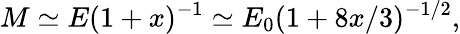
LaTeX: M\simeq E(1+x)^{-1}\simeq E_{0}(1+8x/3)^{-1/2},